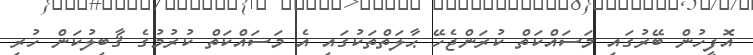
އޮފީހުން ބޭރުގައި މަސައްކަތް ކުރަންޖެހޭ ޙާލަތްތަކުގައި އެ މަސައްކަތް ކުރުމުގެ ޤާބިލުކަން ހުރި